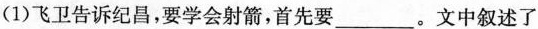
(1)飞卫告诉纪昌，要学会射箭，首先要___。文中叙述了